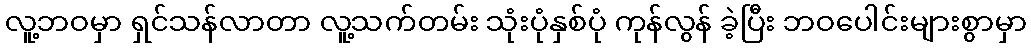
လူ့ဘဝမှာ ရှင်သန်လာတာ လူ့သက်တမ်း သုံးပုံနှစ်ပုံ ကုန်လွန် ခဲ့ပြီး ဘဝပေါင်းများစွာမှာ